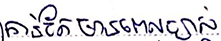
កាន់តែមានពេលច្បាស់